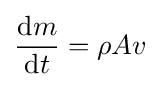
{\frac {\mathrm {d} m}{\mathrm {d} t}}=\rho A{v}